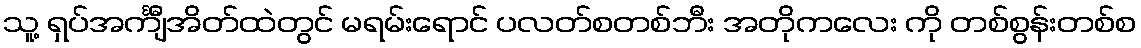
သူ့ ရှပ်အင်္ကျီအိတ်ထဲတွင် မရမ်းရောင် ပလတ်စတစ်ဘီး အတိုကလေး ကို တစ်စွန်းတစ်စ